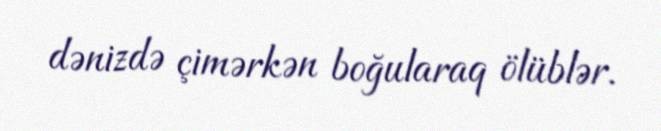
dənizdə çimərkən boğularaq ölüblər.